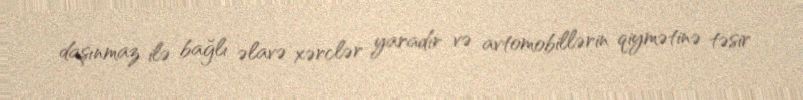
daşınmaz ilə bağlı əlavə xərclər yaradır və avtomobillərin qiymətinə təsir